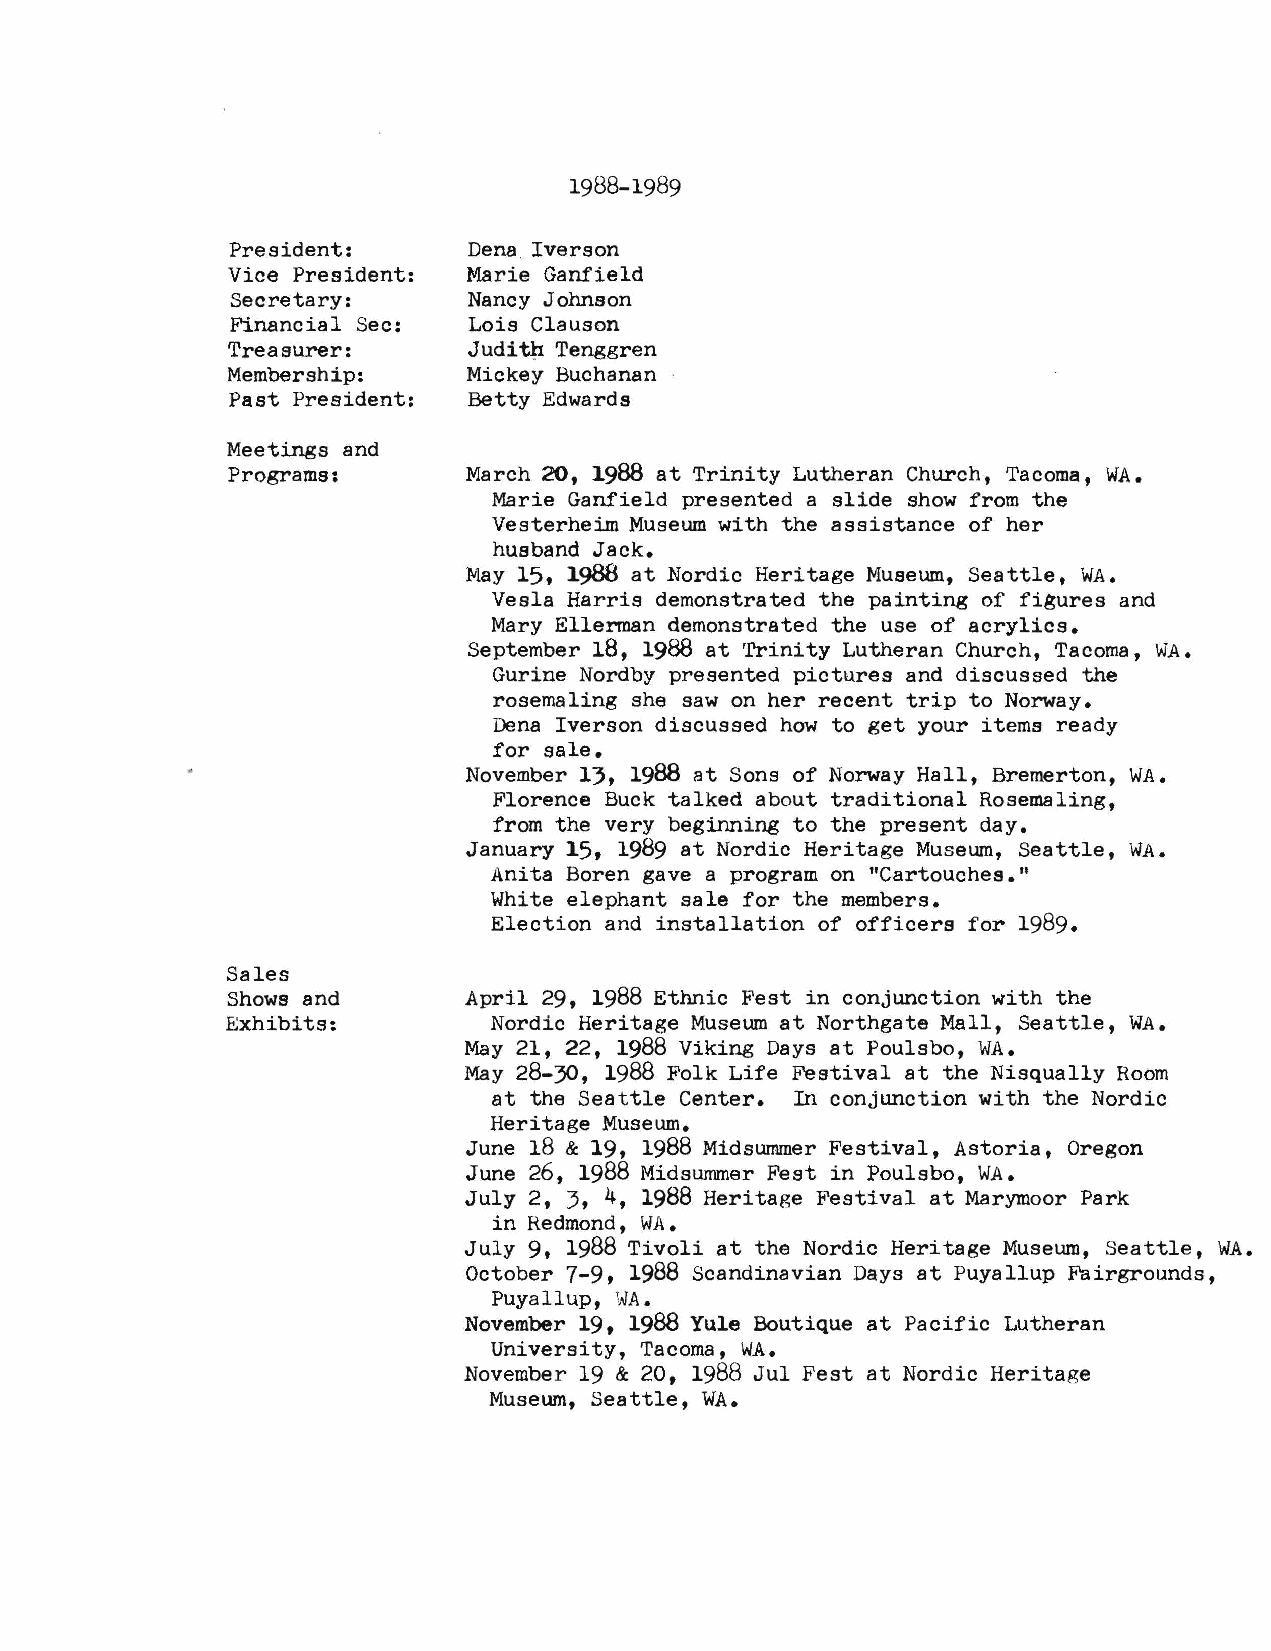
1988-1989
 President:      Dena Iverson
 Vice President: Marie Ganfield
 Secretary:      Nancy Johnson
 Financial Sec:  Lois Clauson
 Treasurer:      Juditj'I Tenggren
 Membership:     Mickey Buchanan
 Past President: Betty Edwards
 Meetings and
 Programs:       March 20, 1988 at Trinity Lutheran Church, Tacoma, WA.
 Marie Ganfield presented a slide show from the
 Vesterheim Museum with the assistance of her
 husband Jack.
 May 15, 1988 at Nordic Heritage Museum, Seattle, WA.
 Vesla Harris demonstrated the painting of fiSures and
 Mary Ellennan demonstrated the use of acrylics.
 September 18, 1988 at 'rrinity Lutheran Church, Tacoma, WA.
 Gurine Nordby presented pictures and discussed the
 rosemaling she saw on her recent trip to Norway.
 Dena Iverson discussed how to get your items ready
 for sale.
 November 13, 1988 at Sons of Norway Hall, Bremerton, WA.
 Florence Buck talked about traditional Rosemaling,
 from the very beginning to the present day.
 January 15, 1989 at Nordic Heritage Museum, Seattle, WA.
 Anita Boren gave a program on "Cartouches."
 White elephant sale for the members.
 Election and installation of officers for 1989.
 Sales
 Shows and       April 29, 1988 Ethnic Fest in conjunction with the
 Exhibits:        Nordic Heritage Museum at Northgate Mall, Seattle, WA.
 May 21, 22, 1988 Viking Days at Poulsbo, WA.
 May 28-30, 1988 Folk Life Festival at the Nisqually Room
 at the Seattle Center. In conjunction with the Nordic
 Heritage Museum.
 June 18 & 19, 1988 Midsummer Festival, Astoria, Oregon
 June 26, 1988 Midsummer Fest in Poulsbo, WA.
 July 2, 3, 4, 1988 Heritage Festival at Marymoor Park
 in Redmond, WA.
 July 9, 1988 Tivoli at the Nordic Heritage Museum, Seattle, WA.
 October 7-9, 1988 Scandinavian Days at Puyallup Fairgrounds,
 Puyallup, WA.
 November 19, 1988 Yule Boutique at Pacific Lutheran
 University, Tacoma, WA.
 November 19 & 20, 1988 Jul Fest at Nordic Heritage
 Museum, Seattle, WA.